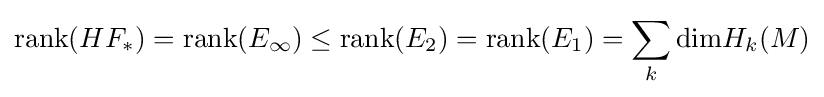
{\text{rank}}(HF_{*})={\text{rank}}(E_{\infty })\leq {\text{rank}}(E_{2})={\text{rank}}(E_{1})=\sum _{k}{\text{dim}}H_{k}(M)